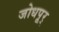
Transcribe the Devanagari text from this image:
जोधपूर्